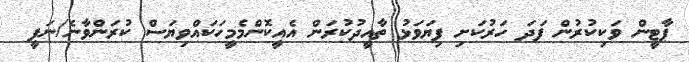
ޕާޓީން ވަކިކުރުން ފަދަ ހަރުކަށި ފިޔަވަޅު ތާއީދުކުރަން އެއީކޮންމެމީހަކައްވިޔަސް ކުރަންވާނެ/ނަފީ